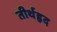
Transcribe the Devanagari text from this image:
तीर्थहृद